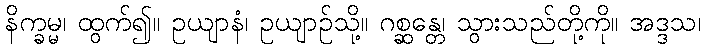
နိက္ခမ္မ၊ ထွက်၍။ ဥယျာနံ၊ ဥယျာဉ်သို့။ ဂစ္ဆန္တေ၊ သွားသည်တို့ကို။ အဒ္ဒသ၊